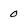
Character: 0